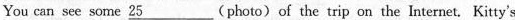
You can see some ___25(photo)of the trip on the nternet. Kitty's